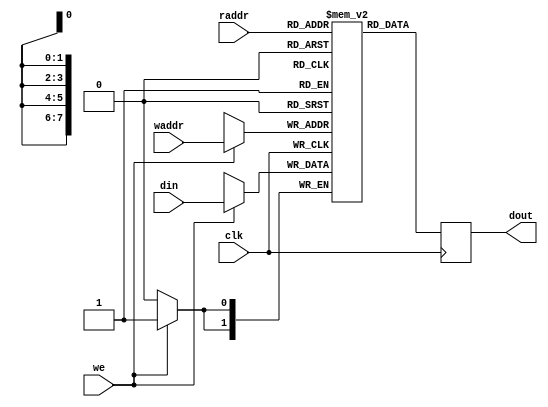
module RAM_256x2 (
	input				clk,
	input				we,
	input  		[7:0]	raddr,
	input  		[7:0]	waddr,
	input 	 	[1:0]	din,
	output reg 	[1:0]	dout
	);
	
	reg [1:0] mem [0:255];
	
	always @(posedge clk) begin
		if (we)
			mem[waddr] <= din;
		
		dout <= mem[raddr];
	end
	
endmodule